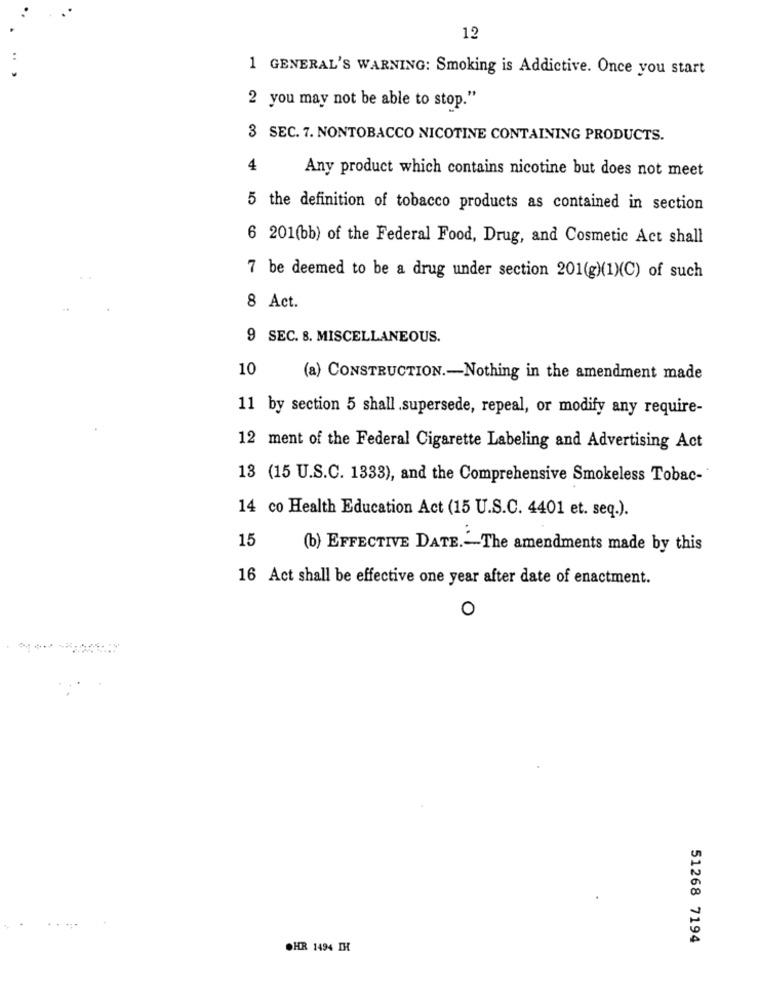
12
1 GENERAL'S WARNING: Smoking is Addictive. Once you start
2 you may not be able to stop."
3 SEC. 7. NONTOBACCO NICOTINE CONTAINING PRODUCTS.
4
Any product which contains nicotine but does not meet
5 the definition of tobacco products as contained in section
6 201(bb) of the Federal Food, Drug, and Cosmetic Act shall
7 be deemed to be a drug under section 201(g)(1)(C) of such
8 Act.
9 SEC. 8. MISCELLANEOUS.
10
(a) CONSTRUCTION .- Nothing in the amendment made
11 by section 5 shall .supersede, repeal, or modify any require-
12 ment of the Federal Cigarette Labeling and Advertising Act
13 (15 U.S.C. 1333), and the Comprehensive Smokeless Tobac-
14 co Health Education Act (15 U.S.C. 4401 et. seq.).
15
(b) EFFECTIVE DATE .- The amendments made by this
16 Act shall be effective one year after date of enactment.
O
51268 7194
OHR 1494 IH